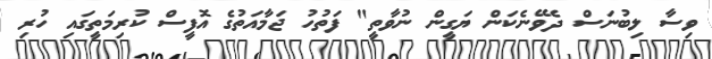
ވިސާ ލިބުނަސް ދެވޭނެކަން ޔަގީން ނުވާތީ" ފަތުހު ޖަމާއަތުގެ އޮފީސް ކުރިމަތީގައި ހުރި